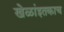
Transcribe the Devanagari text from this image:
खेळांइतकाच